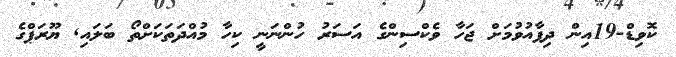
ކޮވިޑް-19އިން ދިފާއުވުމަށް ޖަހާ ވެކްސިންގެ އަސަރު ހުންނަނީ ކިހާ މުއްދަތަކަށްތޯ ބަލައި